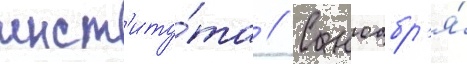
инст'иту́та // С ноабр'я́